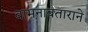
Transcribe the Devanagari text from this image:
वामनावताराने